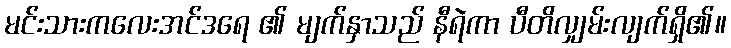
မင်းသားကလေးအင်ဒရေ ၏ မျက်နှာသည် နီရဲကာ ပီတိလျှမ်းလျက်ရှိ၏။